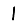
Digit: 1